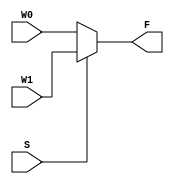
// This program was cloned from: https://github.com/ckugel/Reaction-Time-Game
// License: MIT License

module mux2to1(W0, W1, S, F);
  input W0, W1, S;
  output F;

  assign F = S ? W1 : W0;

endmodule